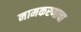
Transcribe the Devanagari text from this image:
नामकरणाचा